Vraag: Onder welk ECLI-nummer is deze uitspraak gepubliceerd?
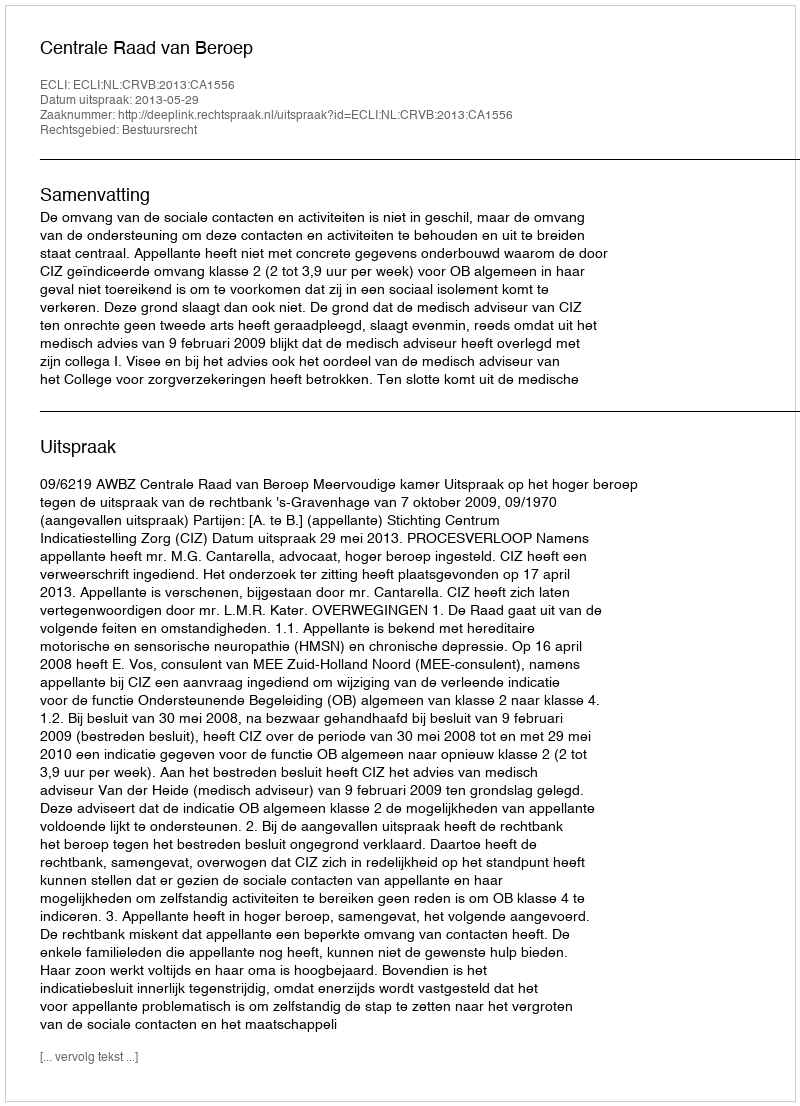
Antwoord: ECLI:NL:CRVB:2013:CA1556